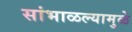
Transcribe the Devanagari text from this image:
सांभाळल्यामुळे